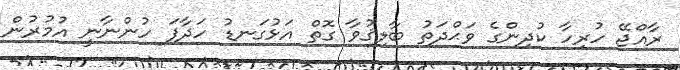
ރާއްޖޭ ހުރިހާ ކުދިންގެ ވަޙްދަތު ބާލިޤުވާ ގޮތް އަޅުގަނޑު ހަދާފަ ހުންނާނީ އުމުރުން